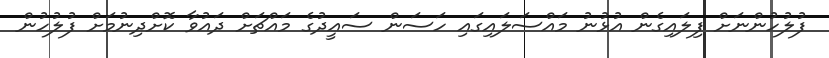
ފުލުހުންނަށް ފިލައިގެން އުޅުނު މައްސަލައިގައި ހަސަން ސައީދުގެ މައްޗަށް ދައުވާ ކޮށްދިނުމަށް ފުލުހުން